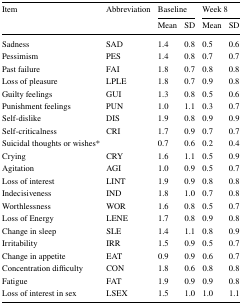
<table><thead><tr><td rowspan="2"><b>Item</b></td><td rowspan="2"><b>Abbreviation</b></td><td colspan="2"><b>Baseline</b></td><td colspan="2"><b>Week 8</b></td></tr><tr><td><b>Mean</b></td><td><b>SD</b></td><td><b>Mean</b></td><td><b>SD</b></td></tr></thead><tbody><tr><td>Sadness</td><td>SAD</td><td>1.4</td><td>0.8</td><td>0.5</td><td>0.6</td></tr><tr><td>Pessimism</td><td>PES</td><td>1.4</td><td>0.8</td><td>0.7</td><td>0.7</td></tr><tr><td>Past failure</td><td>FAI</td><td>1.8</td><td>0.7</td><td>0.8</td><td>0.8</td></tr><tr><td>Loss of pleasure</td><td>LPLE</td><td>1.8</td><td>0.7</td><td>0.9</td><td>0.8</td></tr><tr><td>Guilty feelings</td><td>GUI</td><td>1.3</td><td>0.8</td><td>0.5</td><td>0.6</td></tr><tr><td>Punishment feelings</td><td>PUN</td><td>1.0</td><td>1.1</td><td>0.3</td><td>0.7</td></tr><tr><td>Self-dislike</td><td>DIS</td><td>1.9</td><td>0.8</td><td>0.9</td><td>0.9</td></tr><tr><td>Self-criticalness</td><td>CRI</td><td>1.7</td><td>0.9</td><td>0.7</td><td>0.7</td></tr><tr><td>Suicidal thoughts or wishes*</td><td></td><td>0.7</td><td>0.6</td><td>0.2</td><td>0.4</td></tr><tr><td>Crying</td><td>CRY</td><td>1.6</td><td>1.1</td><td>0.5</td><td>0.9</td></tr><tr><td>Agitation</td><td>AGI</td><td>1.0</td><td>0.9</td><td>0.5</td><td>0.7</td></tr><tr><td>Loss of interest</td><td>LINT</td><td>1.9</td><td>0.9</td><td>0.8</td><td>0.8</td></tr><tr><td>Indecisiveness</td><td>IND</td><td>1.8</td><td>1.0</td><td>0.7</td><td>0.8</td></tr><tr><td>Worthlessness</td><td>WOR</td><td>1.6</td><td>0.8</td><td>0.5</td><td>0.7</td></tr><tr><td>Loss of Energy</td><td>LENE</td><td>1.7</td><td>0.8</td><td>0.9</td><td>0.8</td></tr><tr><td>Change in sleep</td><td>SLE</td><td>1.4</td><td>1.1</td><td>0.8</td><td>0.9</td></tr><tr><td>Irritability</td><td>IRR</td><td>1.5</td><td>0.9</td><td>0.5</td><td>0.7</td></tr><tr><td>Change in appetite</td><td>EAT</td><td>0.9</td><td>0.9</td><td>0.6</td><td>0.7</td></tr><tr><td>Concentration difficulty</td><td>CON</td><td>1.8</td><td>0.6</td><td>0.8</td><td>0.8</td></tr><tr><td>Fatigue</td><td>FAT</td><td>1.9</td><td>0.9</td><td>0.9</td><td>0.8</td></tr><tr><td>Loss of interest in sex</td><td>LSEX</td><td>1.5</td><td>1.0</td><td>1.0</td><td>1.1</td></tr></tbody></table>